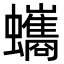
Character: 蠵